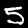
Digit: 5